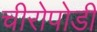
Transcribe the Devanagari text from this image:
चीरोपोडी